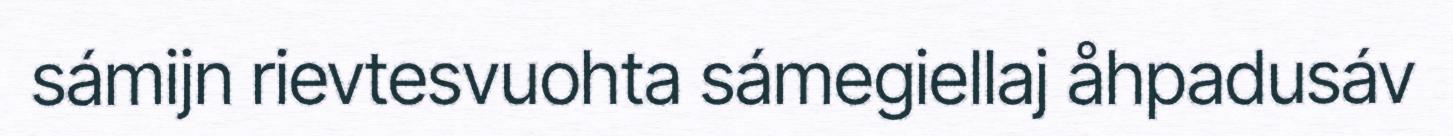
sámijn rievtesvuohta sámegiellaj åhpadusáv